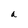
Character: a